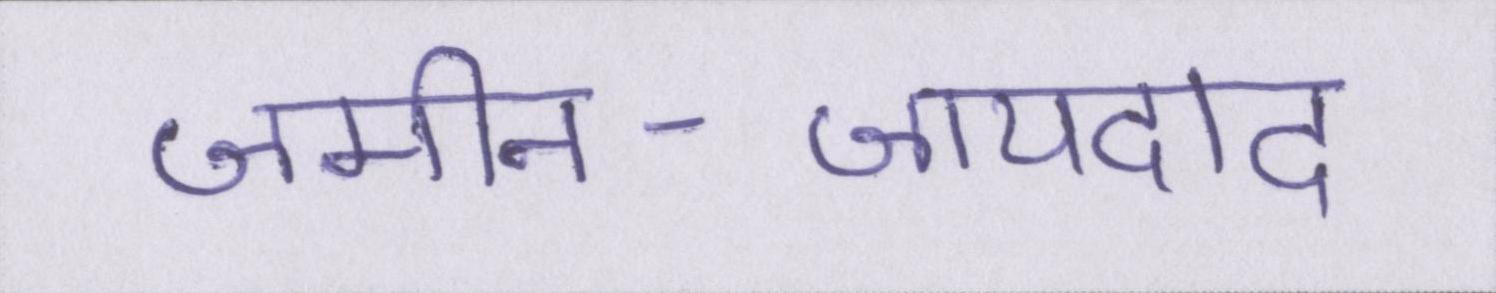
जमीन-जायदाद